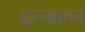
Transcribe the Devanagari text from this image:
दानसागर